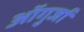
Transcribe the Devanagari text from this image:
ऑगुर्जा